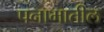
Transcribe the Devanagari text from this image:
पनामातील